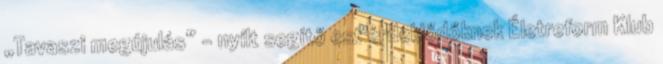
„Tavaszi megújulás” – nyílt segítő est érdeklődőknek Életreform Klub